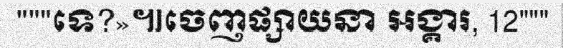
"""ទេ?»៕ចេញផ្សាយនា អង្គារ, 12"""